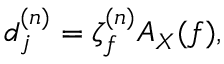
\begin{array} { r } { d _ { j } ^ { ( n ) } = \zeta _ { f } ^ { ( n ) } A _ { X } ( f ) , } \end{array}